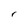
Character: r